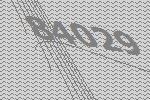
84029